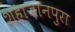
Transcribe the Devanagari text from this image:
शहाजानपुरा